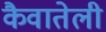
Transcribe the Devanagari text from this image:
कैवातेली